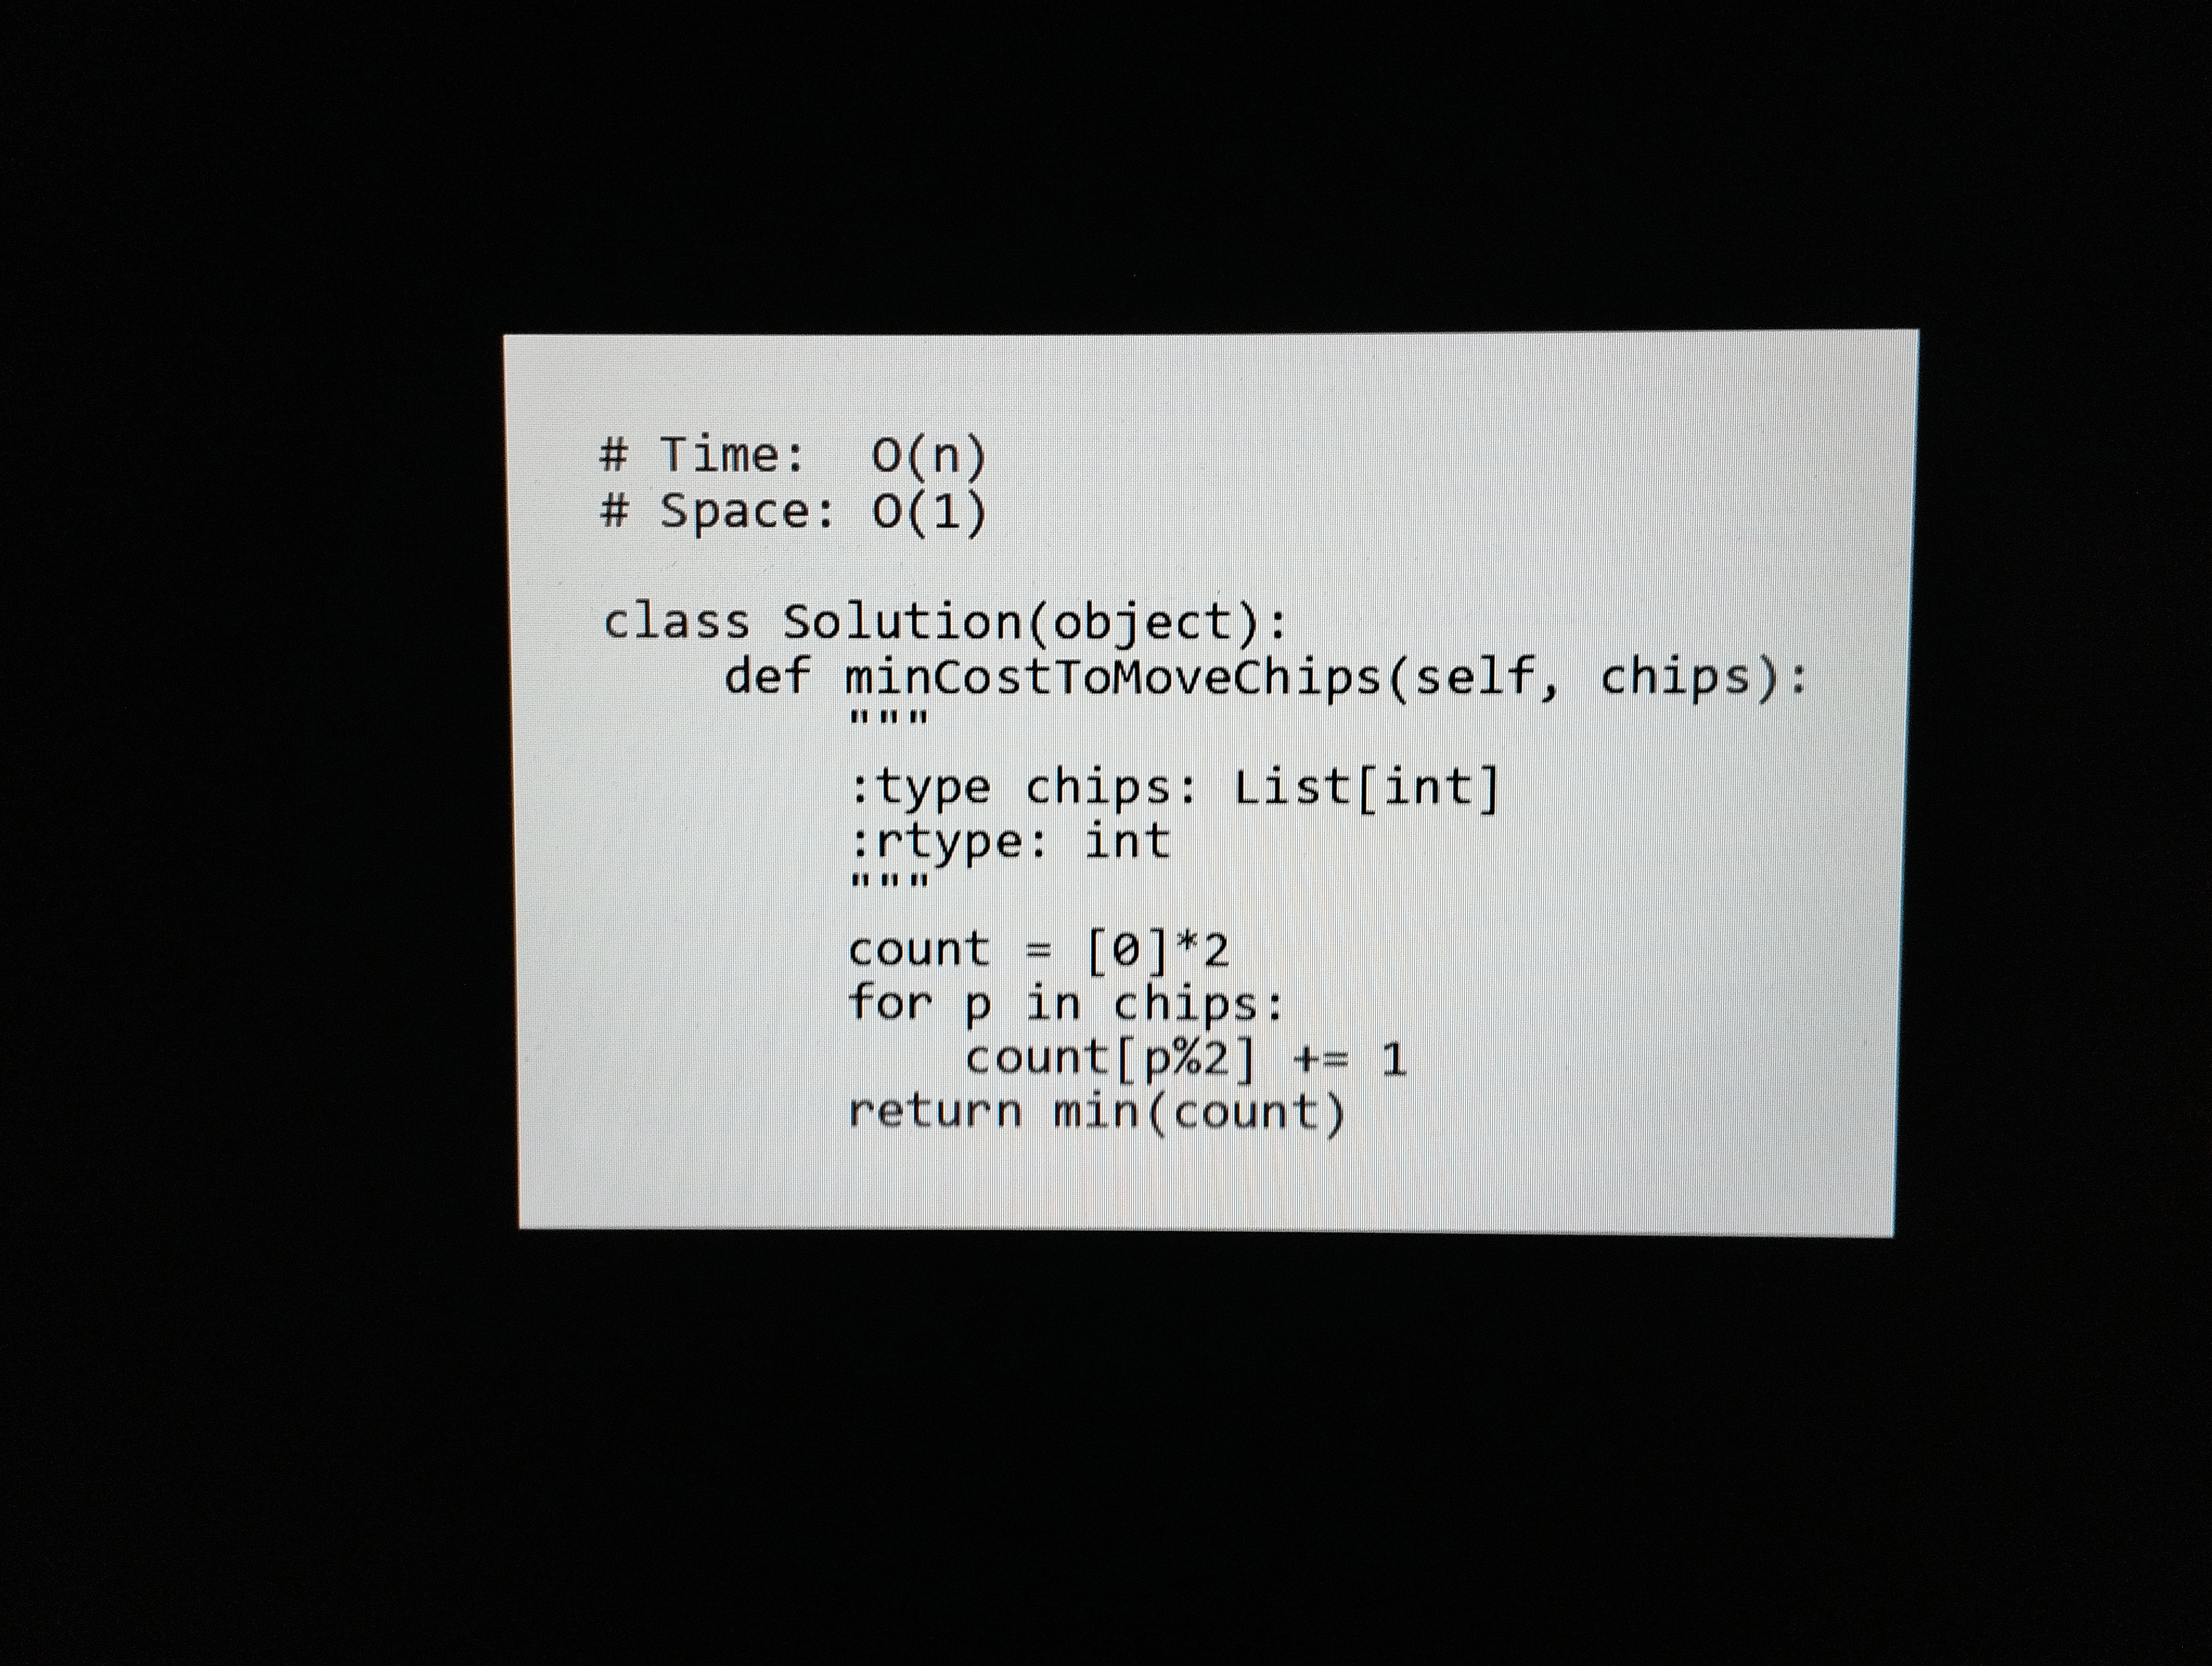
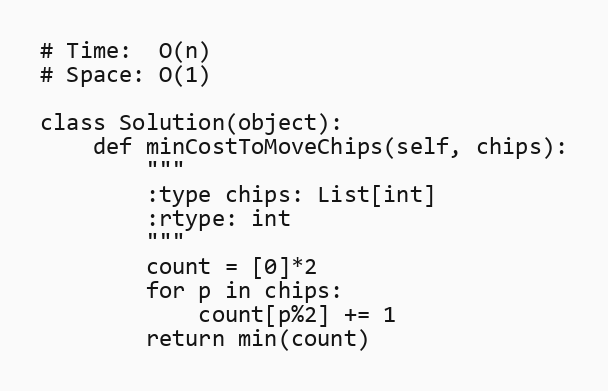
# Time:  O(n)
# Space: O(1)

class Solution(object):
    def minCostToMoveChips(self, chips):
        """
        :type chips: List[int]
        :rtype: int
        """
        count = [0]*2
        for p in chips:
            count[p%2] += 1
        return min(count)